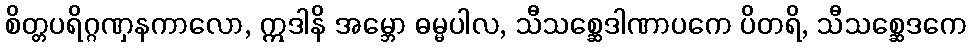
စိတ္တပရိဂ္ဂဏှနကာလော, ဣဒါနိ အမ္ဘော ဓမ္မပါလ, သီသစ္ဆေဒါဏာပကေ ပိတရိ, သီသစ္ဆေဒကေ